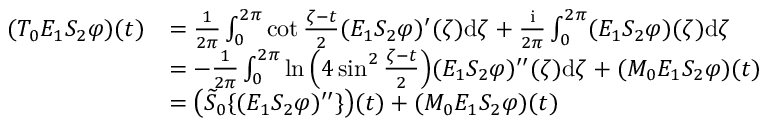
\begin{array} { r l } { ( T _ { 0 } E _ { 1 } S _ { 2 } \varphi ) ( t ) } & { = \frac { 1 } { 2 \pi } \int _ { 0 } ^ { 2 \pi } \cot \frac { \zeta - t } { 2 } ( E _ { 1 } S _ { 2 } \varphi ) ^ { \prime } ( \zeta ) \mathrm { d } \zeta + \frac { \mathrm { i } } { 2 \pi } \int _ { 0 } ^ { 2 \pi } ( E _ { 1 } S _ { 2 } \varphi ) ( \zeta ) \mathrm { d } \zeta } \\ & { = - \frac { 1 } { 2 \pi } \int _ { 0 } ^ { 2 \pi } \ln \Big ( 4 \sin ^ { 2 } \frac { \zeta - t } { 2 } \Big ) ( E _ { 1 } S _ { 2 } \varphi ) ^ { \prime \prime } ( \zeta ) \mathrm { d } \zeta + ( M _ { 0 } E _ { 1 } S _ { 2 } \varphi ) ( t ) } \\ & { = \big ( \widetilde { S } _ { 0 } \{ ( E _ { 1 } S _ { 2 } \varphi ) ^ { \prime \prime } \} \big ) ( t ) + ( M _ { 0 } E _ { 1 } S _ { 2 } \varphi ) ( t ) } \end{array}